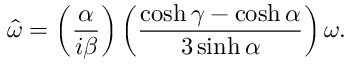
\hat { \omega } = \left( \frac { \alpha } { i \beta } \right) \left( \frac { \cosh \gamma - \cosh \alpha } { 3 \sinh \alpha } \right) \omega .